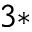
^ { 3 \ast }